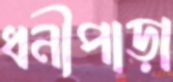
ধনীপাড়া